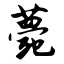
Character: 薨